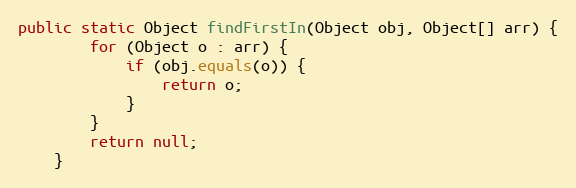
Language: Java
public static Object findFirstIn(Object obj, Object[] arr) {
		for (Object o : arr) {
			if (obj.equals(o)) {
				return o;
			}
		}
		return null;
	}